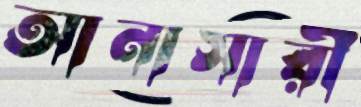
আনাসারী